Indian journal of veterinary science and animal husbandry - Volumes 18-21, 1948-1951
Year: 1948
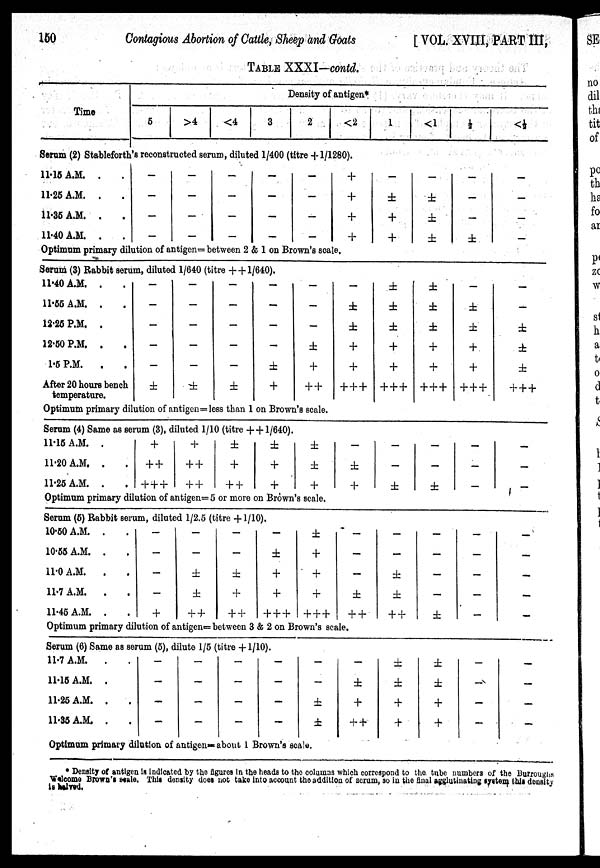
150
Contagious Abortion of Cattle, Sheep and Goats
[VOL. XVIII, PART III,
TABLE XXXI—contd.
Time
Density of antigen*
5
>4
<4
3
2
<2
1
<1
½
<½
Serum (2) Stableforth's reconstructed serum, diluted 1/400 (titre +1/1280).
11.15 A.M. . .
11.25 A.M. . .
11.35 A.M. . .
11.40 A.M. . .
—
—
—
—
—
—
—
—
—
—
—
—
—
—
—
—
—
—
—
—
+
+
+
+
—
±
+
+
—
±
±
±
—
—
—
±
—
—
—
—
Optimum primary dilution of antigen= between 2 & 1 on Brown's scale.
Serum (3) Rabbit serum, diluted 1/640 (titre ++1/640).
11.40 A.M. . .
11.55 A.M. . .
12.25 P.M. . .
12.50 P.M. . .
1.5 P.M. . .
After 20 hours bench
temperature.
—
—
—
—
—
±
—
—
—
—
—
±
—
—
—
—
—
±
—
—
—
—
±
+
—
—
—
±
+
++
—
±
±
+
+
+++
±
±
±
+
+
+++
±
±
±
+
+
+++
—
±
±
+
+
+++
—
—
±
±
±
+++
Optimum primary dilution of antigen=less than 1 on Brown's scale.
Serum (4) Same as serum (3), diluted 1/10 (titre ++1/640).
11.15 A.M. .
11.20 A.M. . .
11.25 A.M. . .
+
++
+++
+
++
++
±
+
++
±
+
+
±
±
+
—
±
+
—
—
±
—
—
±
—
—
—
—
—
—
Optimum primary dilution of antigen= 5 or more on Brown's scale.
Serum (5) Rabbit serum, diluted 1/2.5 (titre +1/10).
10.50 A.M. . .
10.55 A.M. . .
11.0 A.M.
. .
11.7 A.M.
. .
11.45 A.M. . .
—
—
—
—
+
—
—
±
±
++
—
—
±
+
++
—
±
+
+
+++
±
+
+
+
+++
—
—
—
±
++
—
—
±
±
++
—
—
—
—
±
—
—
—
—
—
—
—
—
—
—
Optimum primary dilution of antigen= between 3 & 2 on Brown's scale.
Serum (6) Same as serum (5), dilute 1/5 (titre +1/10).
11.7 A.M.
. .
11.15 A.M. . .
11.25 A.M. . .
11.35 A.M. . .
—
—
—
—
—
—
—
—
—
—
—
—
—
—
—
—
—
—
±
±
—
±
+
++
±
±
+
+
±
±
+
+
—
—
—
—
—
—
—
—
Optimum primary dilution of antigen= about 1 Brown's scale.
* Density of antigen is indicated by the figures in the heads to the columns which correspond to the tube numbers of the Burroughs
Welcome Brown's seale. This density does not take into account the addition of serum, so in the final agglutinating system this density
is halved.